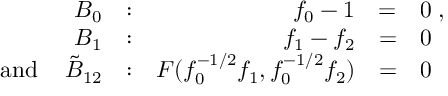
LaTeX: \begin{array} { r r r l l } { { { \cal B } _ { 0 } } } & { { : } } & { { f _ { 0 } - 1 } } & { { = } } & { { 0 \; , } } \\ { { { \cal B } _ { 1 } } } & { { : } } & { { f _ { 1 } - f _ { 2 } } } & { { = } } & { { 0 } } \\ { { \mathrm { ~ a n d ~ } \; \; \; \tilde { \cal B } _ { 1 2 } } } & { { : } } & { { F ( f _ { 0 } ^ { - 1 / 2 } f _ { 1 } , f _ { 0 } ^ { - 1 / 2 } f _ { 2 } ) } } & { { = } } & { { 0 } } \end{array}